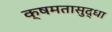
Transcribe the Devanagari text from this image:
क्षमतासुद्धा